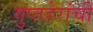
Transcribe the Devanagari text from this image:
गुप्तहेरांची